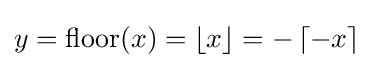
y=\mathrm {floor} (x)=\left\lfloor x\right\rfloor =-\left\lceil -x\right\rceil